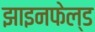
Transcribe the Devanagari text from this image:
झाइनफेल्ड